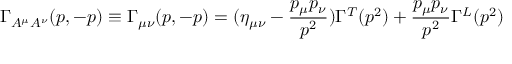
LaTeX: \Gamma _ { A ^ { \mu } A ^ { \nu } } ( p , - p ) \equiv \Gamma _ { \mu \nu } ( p , - p ) = ( \eta _ { \mu \nu } - \frac { p _ { \mu } p _ { \nu } } { p ^ { 2 } } ) \Gamma ^ { T } ( p ^ { 2 } ) + \frac { p _ { \mu } p _ { \nu } } { p ^ { 2 } } \Gamma ^ { L } ( p ^ { 2 } )